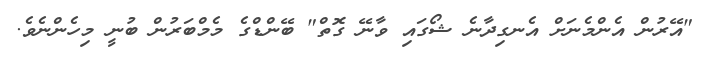
"އޭރުން އެންމެނަށް އެނގިދާނެ ޝޯގައި ވާނޭ ގޮތް" ބޭންޑްގެ މެމްބަރުން ބުނީ މިހެންނެވެ.